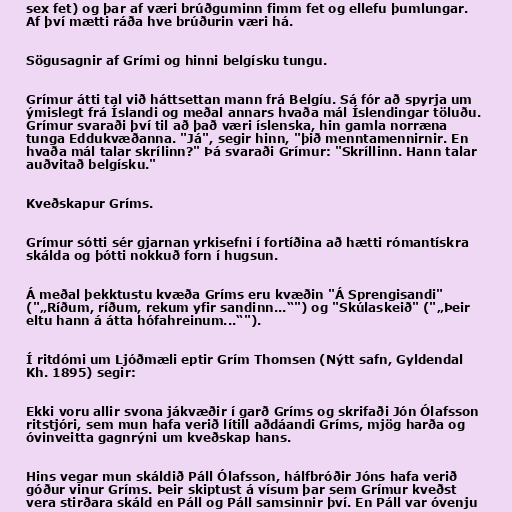
sex fet) og þar af væri brúðguminn fimm fet og ellefu þumlungar.
Af því mætti ráða hve brúðurin væri há.

Sögusagnir af Grími og hinni belgísku tungu.

Grímur átti tal við háttsettan mann frá Belgíu. Sá fór að spyrja um
ýmislegt frá Íslandi og meðal annars hvaða mál Íslendingar töluðu.
Grímur svaraði því til að það væri íslenska, hin gamla norræna
tunga Eddukvæðanna. "Já", segir hinn, "þið menntamennirnir. En
hvaða mál talar skrílinn?" Þá svaraði Grímur: "Skríllinn. Hann talar
auðvitað belgísku."

Kveðskapur Gríms.

Grímur sótti sér gjarnan yrkisefni í fortíðina að hætti rómantískra
skálda og þótti nokkuð forn í hugsun.

Á meðal þekktustu kvæða Gríms eru kvæðin "Á Sprengisandi"
("„Ríðum, ríðum, rekum yfir sandinn...“") og "Skúlaskeið" ("„Þeir
eltu hann á átta hófahreinum...“").

Í ritdómi um Ljóðmæli eptir Grím Thomsen (Nýtt safn, Gyldendal
Kh. 1895) segir:

Ekki voru allir svona jákvæðir í garð Gríms og skrifaði Jón Ólafsson
ritstjóri, sem mun hafa verið lítill aðdáandi Gríms, mjög harða og
óvinveitta gagnrýni um kveðskap hans.

Hins vegar mun skáldið Páll Ólafsson, hálfbróðir Jóns hafa verið
góður vinur Gríms. Þeir skiptust á vísum þar sem Grímur kveðst
vera stirðara skáld en Páll og Páll samsinnir því. En Páll var óvenju